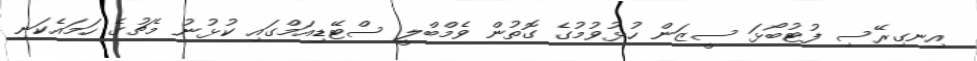
އިނގިރޭސި ފުޓުބޯޅަ ސީޒަން ހުޅުވުުުމުގެ ގޮތުން ވެމްބްލީ ސްޓޭޑިއަމްގައި ކުޅުނު މެޗުގެ ހަމައެކަނި